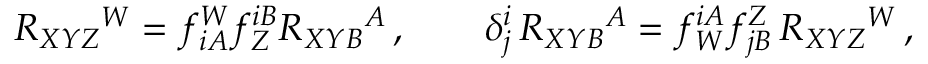
R _ { X Y Z } { } ^ { W } = f _ { i A } ^ { W } f _ { Z } ^ { i B } { \cal R } _ { X Y B } { } ^ { A } \, , \qquad \delta _ { j } ^ { i } \, { \cal R } _ { X Y B } { } ^ { A } = f _ { W } ^ { i A } f _ { j B } ^ { Z } \, R _ { X Y Z } { } ^ { W } \, ,